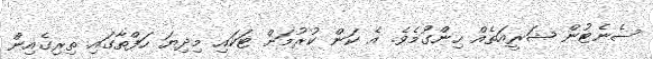
ސެނެޓުން ޝަރީއަތެއް ހިންގުމެވެ. އެ ކަން ކުރުމަށް ޓަކައި މިދިޔަ ހަފްތާގައި ތިރިގެއިން